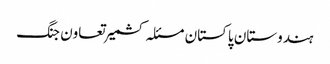
ہندوستان پاکستان مسئلہ کشمیر تعاون جنگ